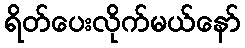
ရိတ်ပေးလိုက်မယ်နော်